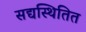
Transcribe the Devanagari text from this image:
सद्यस्थितित